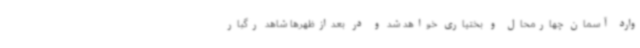
وارد آسمان چهارمحال و بختیاری خواهد شد و در بعدازظهرها شاهد رگبار